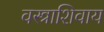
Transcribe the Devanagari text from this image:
वस्त्राशिवाय